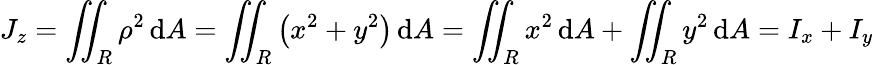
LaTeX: J_{z}=\iint_{R}\rho^{2}\, \mathrm{d}A=\iint_{R}\left(x^{2}+y^{2}\right)\, \mathrm{d}A=\iint_{R}x^{2}\, \mathrm{d}A+\iint_{R}y^{2}\, \mathrm{d}A=I_{x}+I_{y}